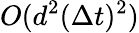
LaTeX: O(d^{2}(\Delta t)^{2})